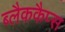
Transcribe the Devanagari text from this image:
ब्लैककैप्स